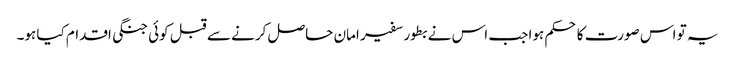
یہ تو اس صورت کا حکم ہوا جب اس نے بطور سفیر امان حاصل کرنے سے قبل کوئی جنگی اقدام کیا ہو۔